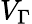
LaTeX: V_{\Gamma}